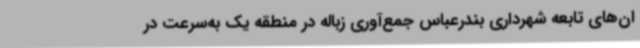
ان‌های تابعه شهرداری بندرعباس جمع‌آوری زباله در منطقه یک به‌سرعت در